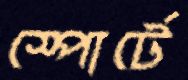
স্পোর্টে